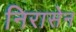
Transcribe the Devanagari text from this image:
निरासेन